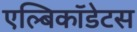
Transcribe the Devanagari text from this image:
एल्बिकॉडेटस